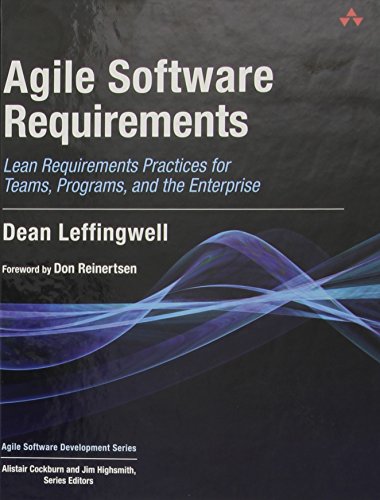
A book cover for Agile Software Requirements: Lean Requirements Practices for Teams, Programs, and the Enterprise (Agile Software Development Series); Dean Leffingwell; Computers & Technology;